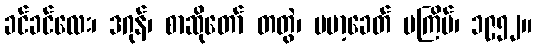
ခင်ခင်လေး၊ ဒဂုန်၊ စာဆိုတော် တတွဲ၊ ဗမာ့ခေတ် ပကြိမ်၊ ၁၉၅၂။